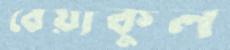
বেয়াকুল